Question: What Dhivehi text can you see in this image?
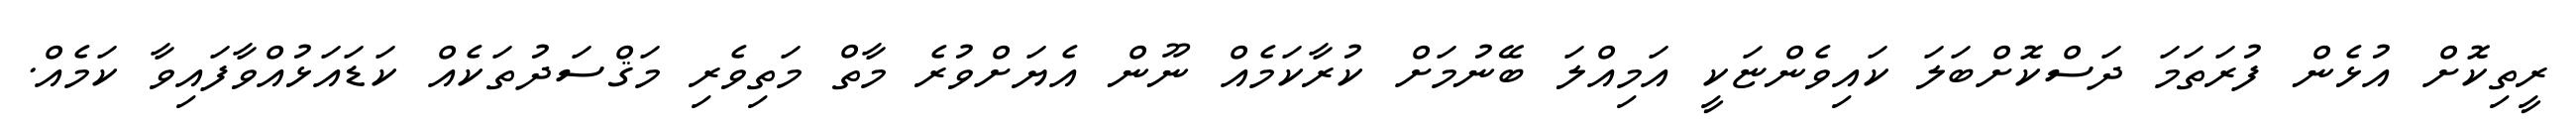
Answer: ރީތިކޮށް އުޅެން ފުރަތަމަ ދަސްކޮށްބަލަ ކައިވެންޏަކީ އަމިއްލަ ބޭނުމަށް ކުރާކަމެއް ނޫން އެޔަށްވުރެ މާތް މަތިވެރި މަޤްސަދުތަކެއް ކަޑައަޅުއްވާފައިވާ ކަމެއް.